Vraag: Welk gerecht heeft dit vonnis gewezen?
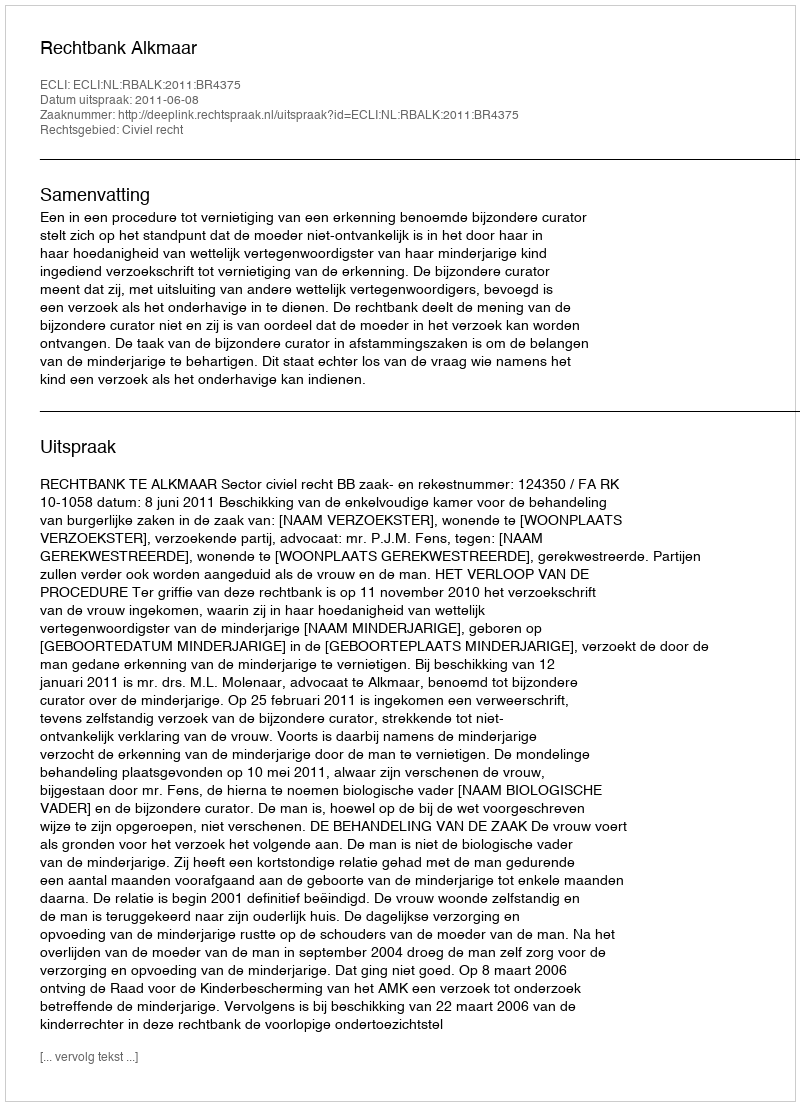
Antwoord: Rechtbank Alkmaar